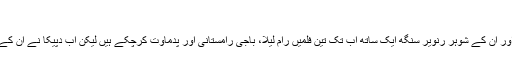
انہوں نے یہ بھی
ممبئی(ویب ڈیسک) بالی وڈ اداکارہ دپیکا پڈوکون اور ان کے شوہر رنویر سنگھ ایک ساتھ اب تک تین فلمیں رام لیلا، باجی رامستانی اور پدماوت کرچکے ہیں لیکن اب دپیکا نے ان کے ساتھ چوتھی فلم 83 کرنے سے انکار کردیا ہے۔